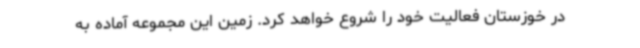
در خوزستان فعالیت خود را شروع خواهد کرد. زمین این مجموعه آماده به